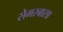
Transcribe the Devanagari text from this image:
सेमरबासा